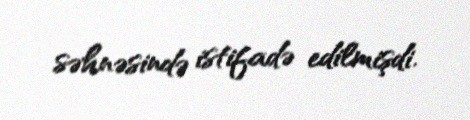
səhnəsində istifadə edilmişdi.